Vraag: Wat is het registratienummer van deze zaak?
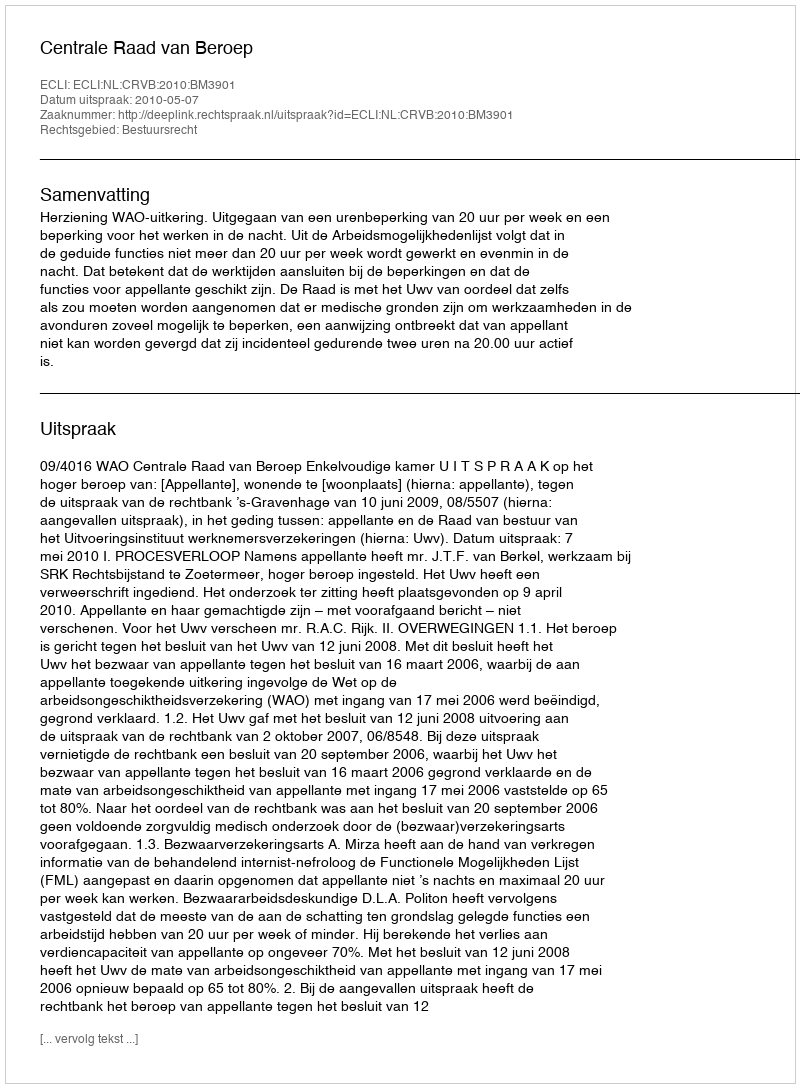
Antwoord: http://deeplink.rechtspraak.nl/uitspraak?id=ECLI:NL:CRVB:2010:BM3901